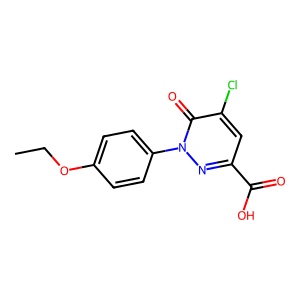
SMILES: CCOc1ccc(-n2nc(C(=O)O)cc(Cl)c2=O)cc1
Inhibits HIV replication: No